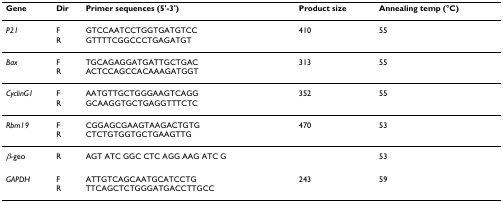
<table><thead><tr><td><b>Gene</b></td><td><b>Dir</b></td><td><b>Primer sequences (5&#x27;-3&#x27;)</b></td><td><b>Product size</b></td><td><b>Annealing temp (°C)</b></td></tr></thead><tbody><tr><td><i>P21</i></td><td>FR</td><td>GTCCAATCCTGGTGATGTCCGTTTTCGGCCCTGAGATGT</td><td>410</td><td>55</td></tr><tr><td><i>Bax</i></td><td>FR</td><td>TGCAGAGGATGATTGCTGACACTCCAGCCACAAAGATGGT</td><td>313</td><td>55</td></tr><tr><td><i>CyclinG1</i></td><td>FR</td><td>AATGTTGCTGGGAAGTCAGGGCAAGGTGCTGAGGTTTCTC</td><td>352</td><td>55</td></tr><tr><td><i>Rbm19</i></td><td>FR</td><td>CGGAGCGAAGTAAGACTGTGCTCTGTGGTGCTGAAGTTG</td><td>470</td><td>53</td></tr><tr><td><i>β</i>-geo</td><td>R</td><td>AGT ATC GGC CTC AGG AAG ATC G</td><td></td><td>53</td></tr><tr><td><i>GAPDH</i></td><td>FR</td><td>ATTGTCAGCAATGCATCCTGTTCAGCTCTGGGATGACCTTGCC</td><td>243</td><td>59</td></tr></tbody></table>